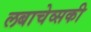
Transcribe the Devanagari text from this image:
लबाचेव्सकी